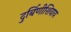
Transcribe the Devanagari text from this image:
दुर्बिणीशिवाय